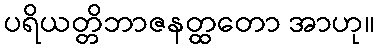
ပရိယတ္တိဘာဇနတ္ထတော အာဟု။